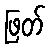
ဖြတ်